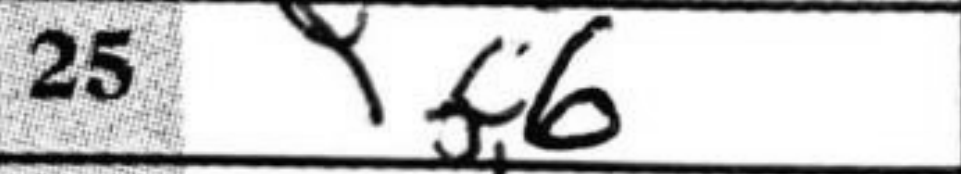
Transcription: f6